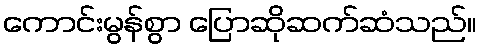
ကောင်းမွန်စွာ ပြောဆိုဆက်ဆံသည်။